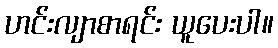
ဟင်းလျာစာရင်း ယူပေးပါ။